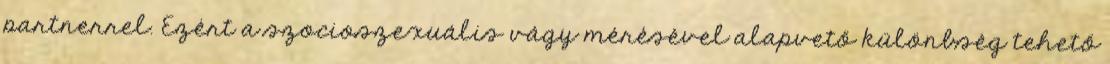
partnerrel. Ezért a szocioszexuális vágy mérésével alapvető különbség tehető